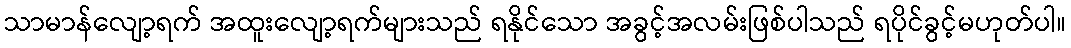
သာမာန်လျော့ရက် အထူးလျော့ရက်များသည် ရနိုင်သော အခွင့်အလမ်းဖြစ်ပါသည် ရပိုင်ခွင့်မဟုတ်ပါ။